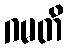
ဂမတိ